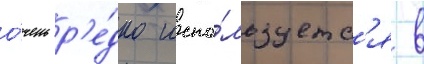
о́чень р'е́дко испо́льзуетс'я в